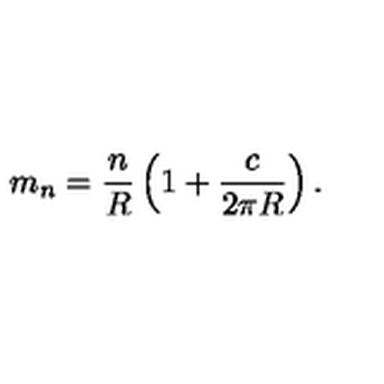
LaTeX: m _ { n } = \frac { n } { R } \left( 1 + \frac { c } { 2 \pi R } \right) .